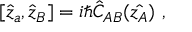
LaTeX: [ \hat { z } _ { a } , \hat { z } _ { B } ] = i \hbar \hat { C } _ { A B } ( \hat { z _ { A } } ) \ ,